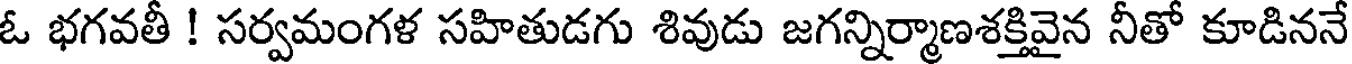
ఓ భగవతీ ! సర్వమంగళ సహితుడగు శివుడు జగన్నిర్మాణశక్తివైన నీతో కూడిననే